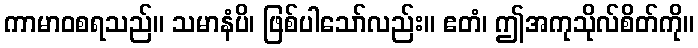
ကာမာဝစရသည်။ သမာနံပိ၊ ဖြစ်ပါသော်လည်း။ ဧတံ၊ ဤအကုသိုလ်စိတ်ကို။